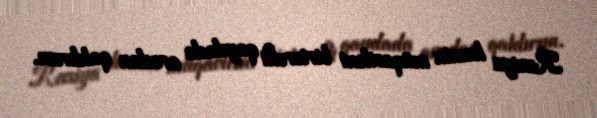
Rusiya həmin müqaviləni birtərəfli qaydada aradan qaldırsın.